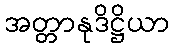
အတ္တာနုဒိဋ္ဌိယာ